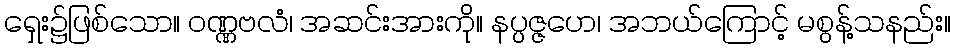
ရှေး၌ဖြစ်သော။ ဝဏ္ဏဗလံ၊ အဆင်းအားကို။ နပ္ပဇ္ဇဟေ၊ အဘယ်ကြောင့် မစွန့်သနည်း။